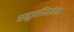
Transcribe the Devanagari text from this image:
अनुभविकांना